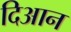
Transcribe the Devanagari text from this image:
दिआन